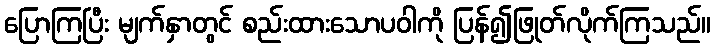
ပြောကြပြီး မျက်နှာတွင် စည်းထားသောပဝါကို ပြန်၍ဖြုတ်လိုက်ကြသည်။